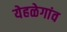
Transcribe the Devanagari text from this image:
येहळेगांव